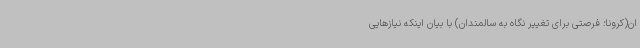
ان(کرونا؛ فرصتی برای تغییر نگاه به سالمندان) با بیان اینکه نیازهایی